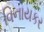
વિનાયકર